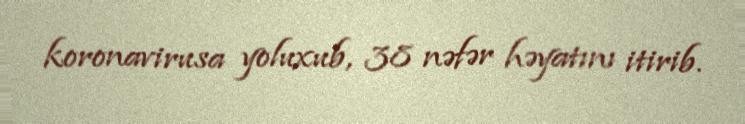
koronavirusa yoluxub, 38 nəfər həyatını itirib.